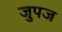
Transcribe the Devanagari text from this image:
जुपज